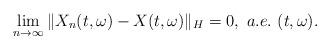
LaTeX: \begin{align*}\lim_{n\rightarrow\infty}\Vert X_n(t,\omega) - X(t,\omega)\Vert_H = 0 , \ a.e.\ (t,\omega).\end{align*}